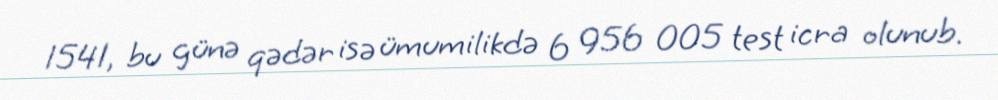
1541, bu günə qədər isə ümumilikdə 6 956 005 test icra olunub.